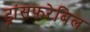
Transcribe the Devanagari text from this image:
ट्रांसफ़रेबिल